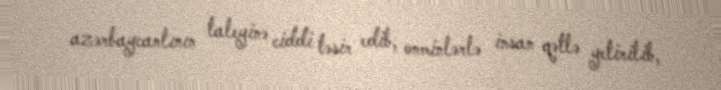
azərbaycanlının taleyinə ciddi təsir edib, onminlərlə insan qətlə yetirilib,